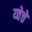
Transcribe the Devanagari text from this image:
य्वेत्ते